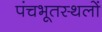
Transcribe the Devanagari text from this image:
पंचभूतस्थलों